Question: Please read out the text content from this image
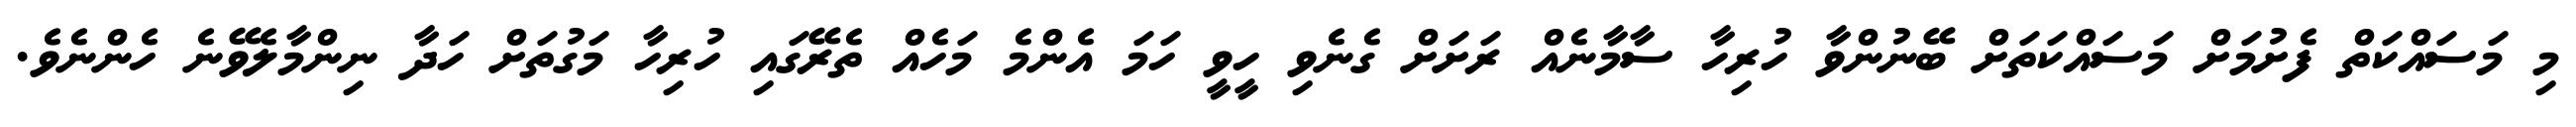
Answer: މި މަސައްކަތް ފެށުމަށް މަސައްކަތަށް ބޭނުންވާ ހުރިހާ ސާމާނެއް ރަށަށް ގެނެވި ހީވީ ހަމަ އެންމެ މަހެއް ތެރޭގައި ހުރިހާ މަގުތަށް ހަދާ ނިންމާލެވޭނެ ހެންނެވެ.